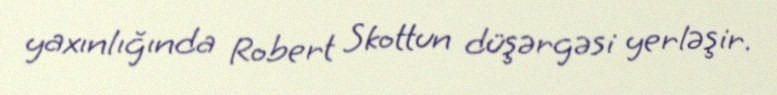
yaxınlığında Robert Skottun düşərgəsi yerləşir.